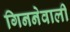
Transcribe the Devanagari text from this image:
गिननेवाली